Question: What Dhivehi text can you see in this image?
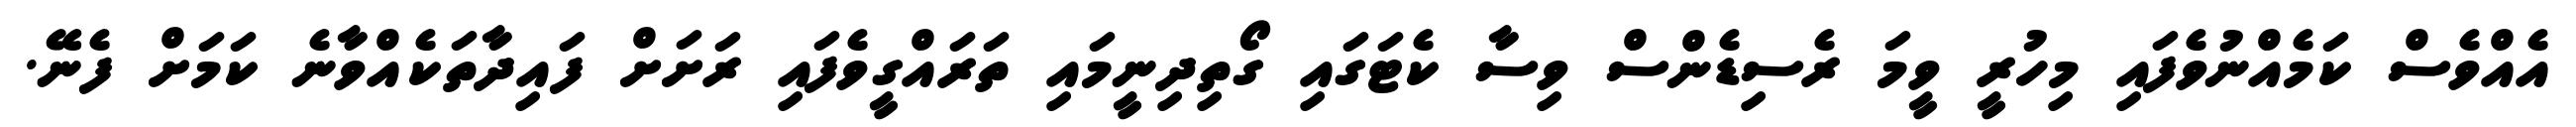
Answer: އެއްވެސް ކަމެއްނުވެފައި މިހުރީ ވީމަ ރެސިޑެންސް ވިސާ ކެޓަގައި ގޯތިދިނީމައި ތަރައްގީވެފައި ރަށަށް ފައިދާތަކެއްވާނެ ކަމަށް ފެނޭ.